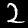
Digit: 2